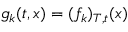
g _ { k } ( t , x ) = ( f _ { k } ) _ { T , t } ( x )